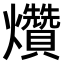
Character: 𤓎